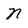
Character: N